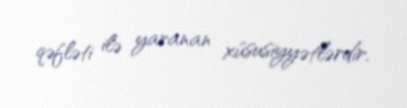
qəfləti ilə yaranan xüsusiyyətlərdir.